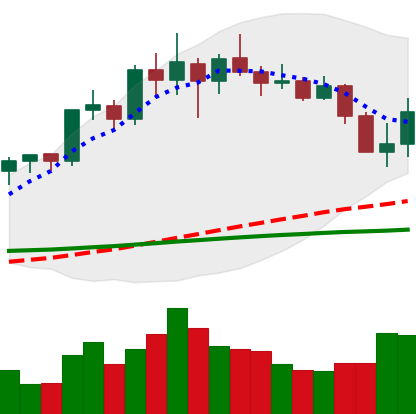
Ticker: LINK-USD
Chart end date: 2020-02-27
Forward return: 16.083%
Label: up_7plus